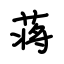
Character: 蒋